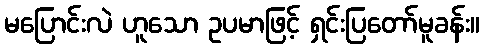
မပြောင်းလဲ ဟူသော ဥပမာဖြင့် ရှင်းပြတော်မူခန်း။